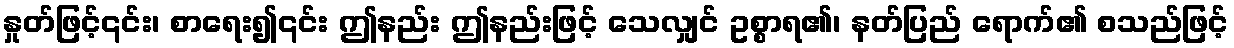
နှုတ်ဖြင့်၎င်း၊ စာရေး၍၎င်း ဤနည်း ဤနည်းဖြင့် သေလျှင် ဥစ္စာရ၏၊ နတ်ပြည် ရောက်၏ စသည်ဖြင့်